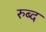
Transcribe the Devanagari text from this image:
रुब्द